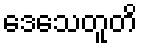
ဒေသေတူတိ